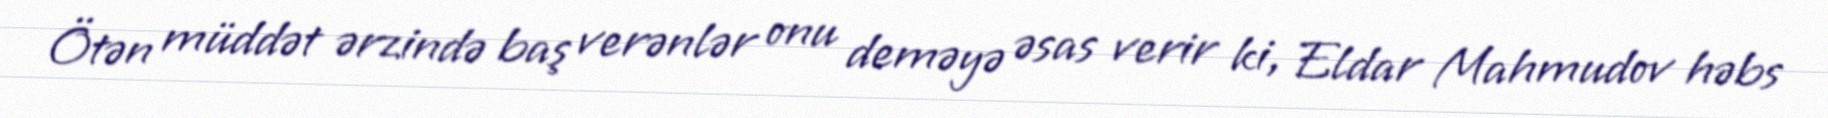
Ötən müddət ərzində baş verənlər onu deməyə əsas verir ki, Eldar Mahmudov həbs